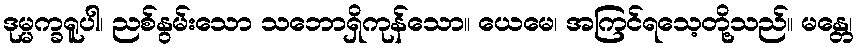
ဒုမ္မက္ခရူပါ၊ ညစ်နွမ်းသော သဘောရှိကုန်သော။ ယေမေ၊ အကြင်ရသေ့တို့သည်။ မန္တေ၊